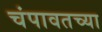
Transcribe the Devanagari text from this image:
चंपावतच्या